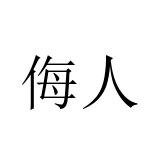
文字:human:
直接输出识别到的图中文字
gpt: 侮人